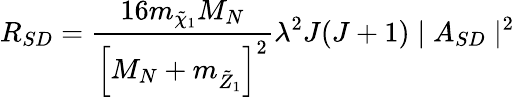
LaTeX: R_{SD}={\frac{16m_{\tilde{\chi}_{1}}M_{N}}{\left[M_{N}+m_{\tilde{Z}_{1}}\right]^{2}}}\lambda^{2}J(J+1)\mid A_{SD}\mid^{2}